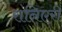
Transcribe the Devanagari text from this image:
रानिएरी